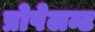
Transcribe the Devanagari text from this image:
प्रोपेलन्ट